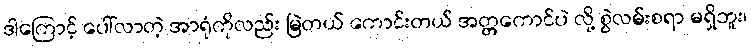
ဒါကြောင့် ပေါ်လာတဲ့ အာရုံကိုလည်း မြဲတယ် ကောင်းတယ် အတ္တကောင်ပဲ လို့ စွဲလမ်းစရာ မရှိဘူး၊